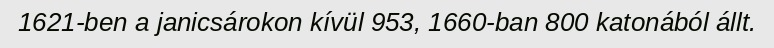
1621-ben a janicsárokon kívül 953, 1660-ban 800 katonából állt.